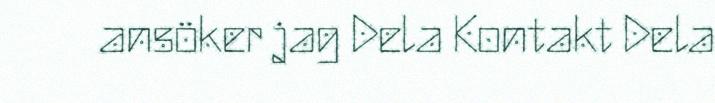
ansöker jag Dela Kontakt Dela